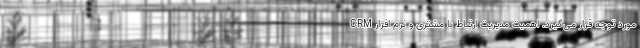
مورد توجه قرار می‌گیرد. اهمیت مدیریت ارتباط با مشتری و نرم افزار CRM